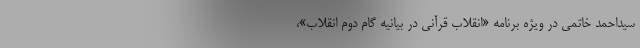
سیداحمد خاتمی در ویژه برنامه «انقلاب قرآنی در بیانیه گام دوم انقلاب»،